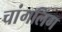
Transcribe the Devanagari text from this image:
चांगलिंग